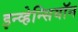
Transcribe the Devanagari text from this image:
इन्व्हेन्सियॉन